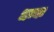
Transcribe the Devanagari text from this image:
धन्यः